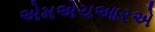
એમએચઆરએ